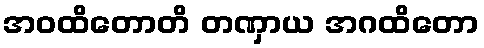
အဝထိတောတိ တဏှာယ အဂထိတော